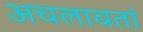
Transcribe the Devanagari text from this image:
अचलावतां